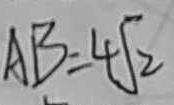
A B = 4 \sqrt { 2 }